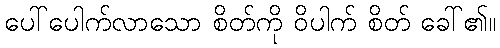
ပေါ်ပေါက်လာသော စိတ်ကို ဝိပါက် စိတ် ခေါ်၏။